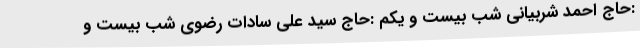
:حاج احمد شربیانی شب بیست و یکم :حاج سید علی سادات رضوی شب بیست و